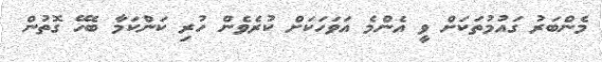
މެންބަރު ގައުމުތަކަށް ވީ އެންމެ އަވަހަކަށް ކުރެވެން ހުރި ކަންކަމާ ބެހޭ ގޮތުން